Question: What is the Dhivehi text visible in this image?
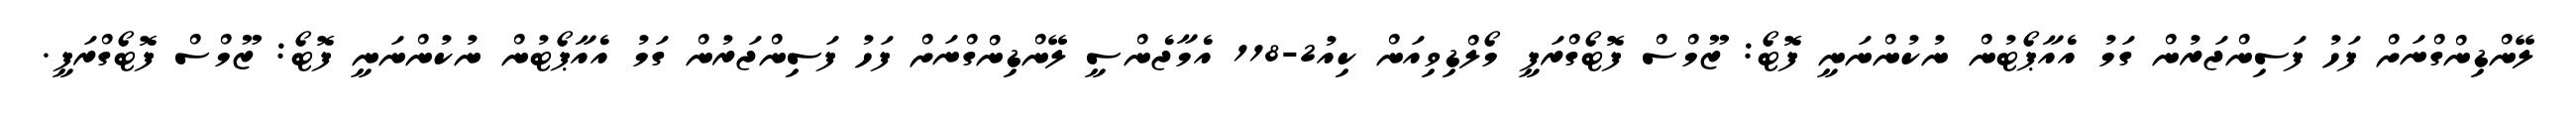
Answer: ލޭންޑިންގްނަށް ފަހު ފަސިންޖަރުން ގަމު އެއާޕޯޓުން ނުކުންނަނީ ފޮޓޯ: ޒޫމްސް ފޮޓޯގްރަފީ މޯލްޑިވިއަން ކިއު2-118 އެމާޖެންސީ ލޭންޑިންގްނަށް ފަހު ފަސިންޖަރުން ގަމު އެއާޕޯޓުން ނުކުންނަނީ ފޮޓޯ: ޒޫމްސް ފޮޓޯގްރަފީ.